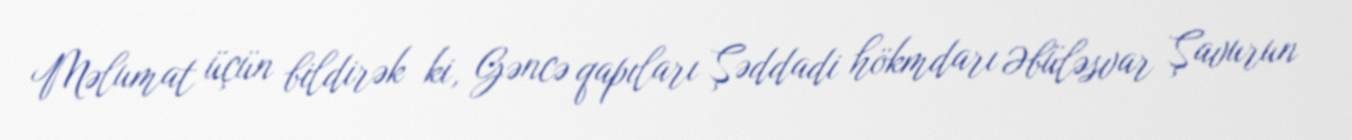
Məlumat üçün bildirək ki, Gəncə qapıları Şəddadi hökmdarı Əbüləsvar Şavurun